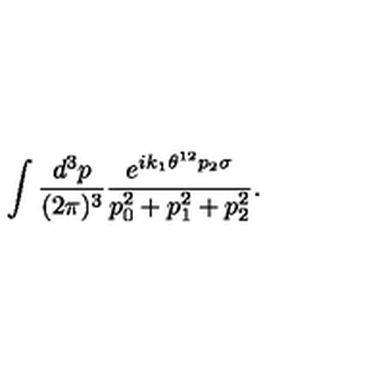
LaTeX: \int \frac { d ^ { 3 } p } { ( 2 \pi ) ^ { 3 } } \frac { e ^ { i k _ { 1 } \theta ^ { 1 2 } p _ { 2 } \sigma } } { p _ { 0 } ^ { 2 } + p _ { 1 } ^ { 2 } + p _ { 2 } ^ { 2 } } .